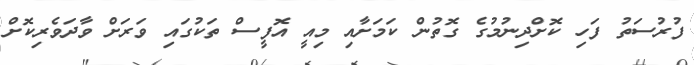
ފުރުސަތު ފަހި ކޮށްދިނުމުގެ ގޮތުން ކަމަށާއި މިއީ އޮފީސް ތަކުގައި ވަރަށް ވާދަވެރިކޮށް